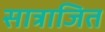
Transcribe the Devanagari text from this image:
सात्राजित